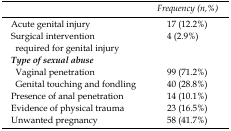
<table><thead><tr><td></td><td><b><i>Frequency (n,%)</i></b></td></tr></thead><tbody><tr><td>Acute genital injury</td><td>17 (12.2%)</td></tr><tr><td>Surgical intervention required for genital injury</td><td>4 (2.9%)</td></tr><tr><td><b><i>Type of sexual abuse</i></b></td><td></td></tr><tr><td>Vaginal penetrationGenital touching and fondling</td><td>99 (71.2%)40 (28.8%)</td></tr><tr><td>Presence of anal penetration</td><td>14 (10.1%)</td></tr><tr><td>Evidence of physical trauma</td><td>23 (16.5%)</td></tr><tr><td>Unwanted pregnancy</td><td>58 (41.7%)</td></tr></tbody></table>